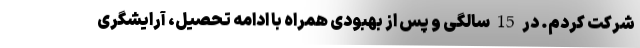
شرکت کردم. در 15 سالگی و پس از بهبودی همراه با ادامه تحصیل، آرایشگری